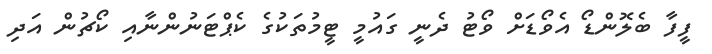
ފީފާ ބެލޮންޑޯ އެވޯޑަށް ވޯޓު ދެނީ ގައުމީ ޓީމުތަކުގެ ކެޕްޓަނުންނާއި ކޯޗުން އަދި